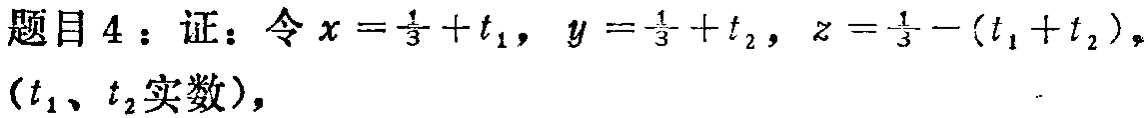
题目4：证：令\(x = \frac{1}{3}+t_1\)，\(y = \frac{1}{3}+t_2\)，\(z = \frac{1}{3}-(t_1 + t_2)\)，\((t_1、t_2\text{实数})\)，